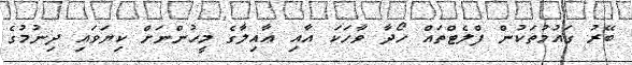
ބޭރު ގައުމުތަކުން ފްލެޓްތައް ހޯދާ ވާހަކަ އާއި ޢާއިލާގެ މީހުންނަށް ކިޔަވައި ދިނުމުގެ